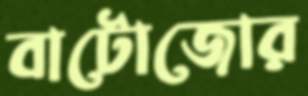
বাটোজোর